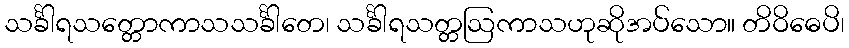
သင်္ခါရသတ္တောကာသသင်္ခါတေ၊ သင်္ခါရသတ္တဩကာသဟုဆိုအပ်သော။ တိဝိဓေပိ၊